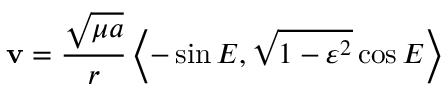
\mathbf { v } = { \frac { \sqrt { \mu a } } { r } } \left\langle - \sin { E } , { \sqrt { 1 - \varepsilon ^ { 2 } } } \cos { E } \right\rangle